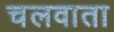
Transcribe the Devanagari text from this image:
चलवाता